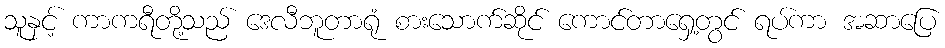
သူနှင့် ကာကရီတို့သည် ဒေလီဘူတာရုံ စားသောက်ဆိုင် ကောင်တာရှေ့တွင် ရပ်ကာ အဆာပြေ